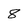
Character: 8